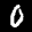
Label: 0